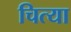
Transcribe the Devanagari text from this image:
चित्या